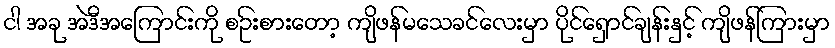
ငါ အခု အဲဒီအကြောင်းကို စဥ်းစားတော့ ကျိဖန်မသေခင်လေးမှာ ပိုင်ရှောင်ချန်းနှင့် ကျိဖန်ကြားမှာ